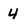
Character: 4